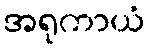
အရုကာယံ